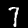
Label: 7